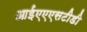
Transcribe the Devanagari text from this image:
आईएएएसटीडी